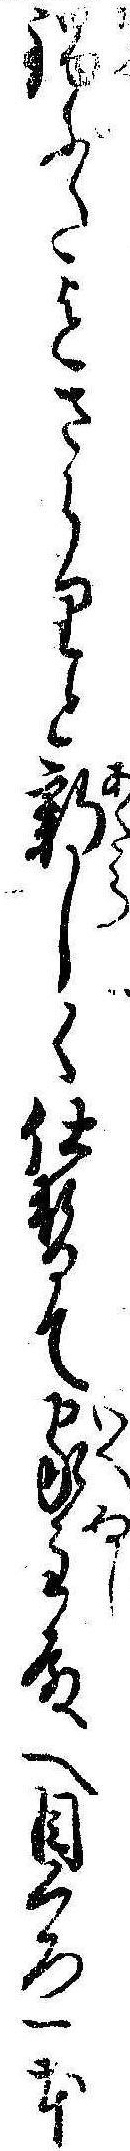
鍋ぶた迄さらりと新しく仕替て家主殿へ目くろ一本